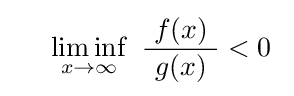
\quad ~\liminf _{x\to \infty }\ {\frac {\ f(x)\ }{g(x)}}<0~